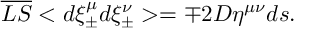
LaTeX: \overline { { { L S } } } < d \xi _ { \pm } ^ { \mu } d \xi _ { \pm } ^ { \nu } > = \mp 2 { \cal D } \eta ^ { \mu \nu } d s .